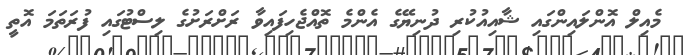
މެއިލް އޮންލައިންގައި ޝާއިއުކުރި ދުނިޔޭގެ އެންމެ ތޮއްޖެހިފައިވާ ރަށްރަށުގެ ލިސްޓުގައި ފުރަތަމަ އޮތީ